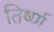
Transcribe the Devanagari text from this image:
तिर्ष्ण